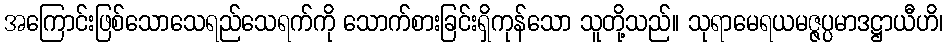
အကြောင်းဖြစ်သောသေရည်သေရက်ကို သောက်စားခြင်းရှိကုန်သော သူတို့သည်။ သုရာမေရယမဇ္ဇပ္ပမာဒဋ္ဌာယီဟိ၊